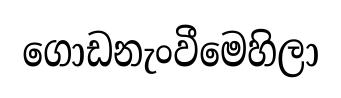
ගොඩනැංවීමෙහිලා